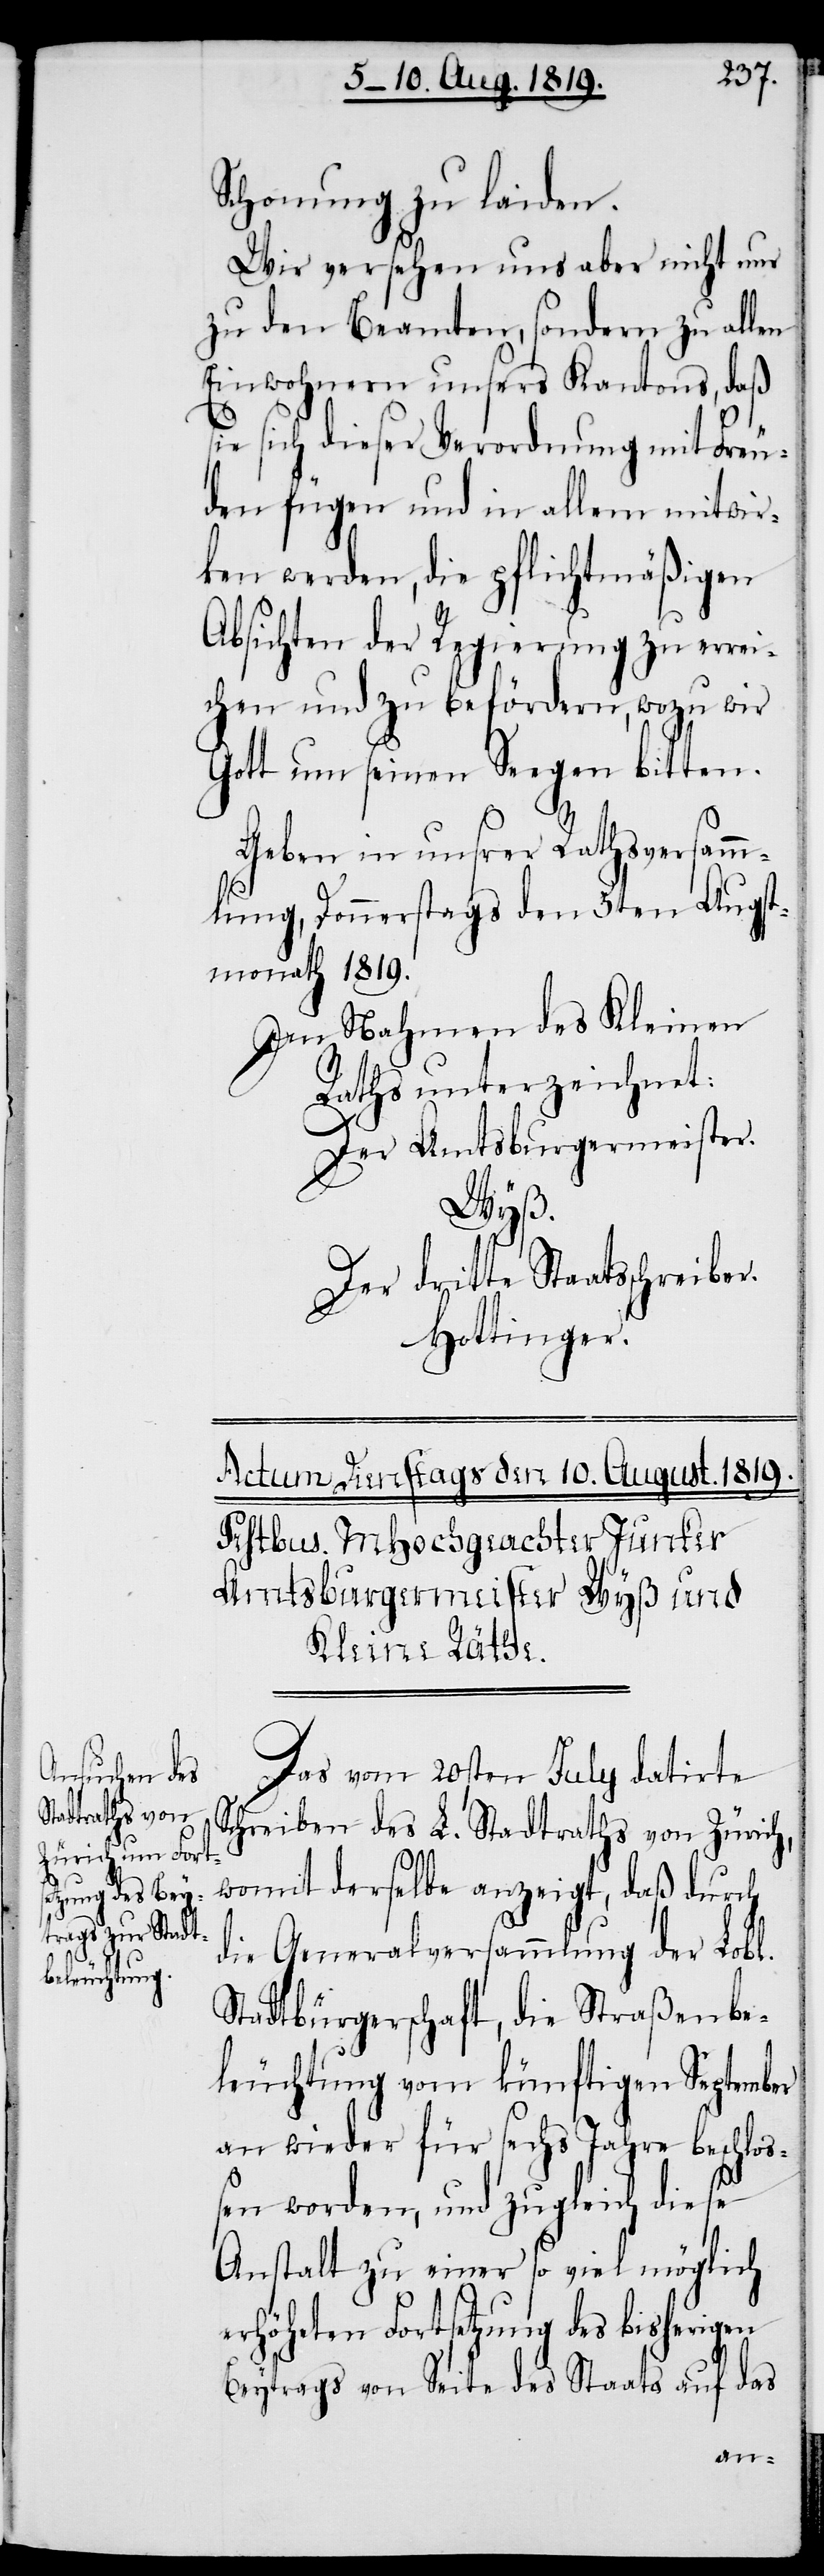
Schonung zu laiden.
Wir versehen uns aber nicht nur
zu den Beamten, sondern zu allen
Einwohnern unsers Kantons, daß
sie sich dieser Verordnung mit Freu¬
den fügen und in allem mitwir¬
ken werden, die pflichtmäßigen
Absichten der Regierung zu errei¬
chen und zu befördern, wozu wir
Gott um seinen Seegen bitten.
Geben in unsrer Rathsversamm¬
lung, Donnerstags den 5ten Augst¬
monath 1819.
Den Nahmen des Kleinen
Raths unterzeichnet:
Der Amtsburgermeister.
Wyß.
Der dritte Staatsschreiber.
Hottinger.
Das vom 20sten July datirte
Schreiben des L. Stadtraths von Zürich,
womit derselbe anzeigt, daß durch
die Generalversammlung der Lobl.
Stadtbürgerschaft, die Straßenbe¬
leuchtung vom künftigen September
an wieder für sechs Jahre beschloß¬
en worden, und zugleich diese
Anstalt zu einer so viel möglich
erhöheten Fortsetzung des bisherigen
Beytrags von Seite des Staats auf das